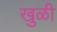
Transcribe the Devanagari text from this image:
खुळी